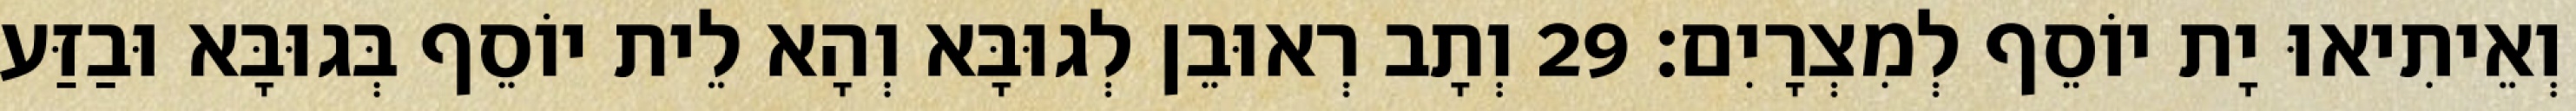
וְאֵיתִיאוּ יָת יוֹסֵף לְמִצְרָיִם׃ 29 וְתָב רְאוּבֵן לְגוּבָּא וְהָא לֵית יוֹסֵף בְּגוּבָּא וּבַזַּע